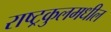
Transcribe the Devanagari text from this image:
राष्ट्रकुलमधील